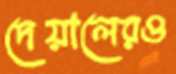
দেয়ালেরও